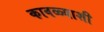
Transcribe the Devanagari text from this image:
कावळ्याशी